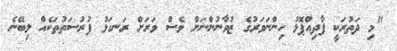
"މި ދަތުރަކީ ފާދިއްޕޮޅު ހިންނަވަރުގެ ޒުވާނުންނަށް ވެސް ވަރަށް ރަނގަޅު ފުރުސަތުތަކެއް ލިބޭނެ